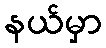
နယ်မှာ